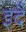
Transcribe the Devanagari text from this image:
इदै